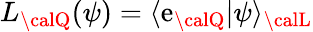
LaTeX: L_{\calQ}({\psi})=\langle\mathrm{e}_{\calQ}|{\psi}\rangle_{\calL}